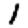
Digit: 1